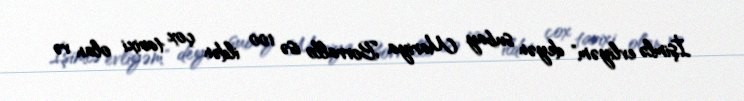
İşimlə evliyəm" deyən subay Mariya Borrallo isə 100 ildən çox tarixi olan və